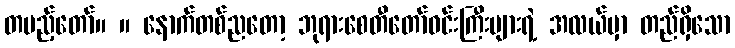
တပည့်တော်။ ။ နောက်တစ်ညတော့ ဘုရားစေတီတော်ဝင်းကြီးများရဲ့ အလယ်မှာ တည်ရှိသော